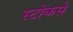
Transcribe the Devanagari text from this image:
स्टोकसे